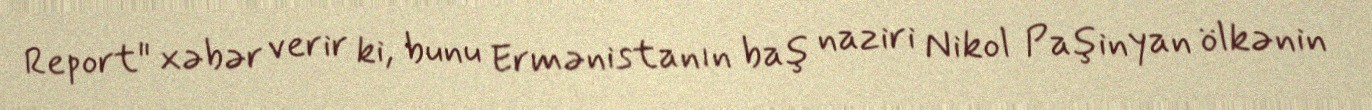
Report" xəbər verir ki, bunu Ermənistanın baş naziri Nikol Paşinyan ölkənin